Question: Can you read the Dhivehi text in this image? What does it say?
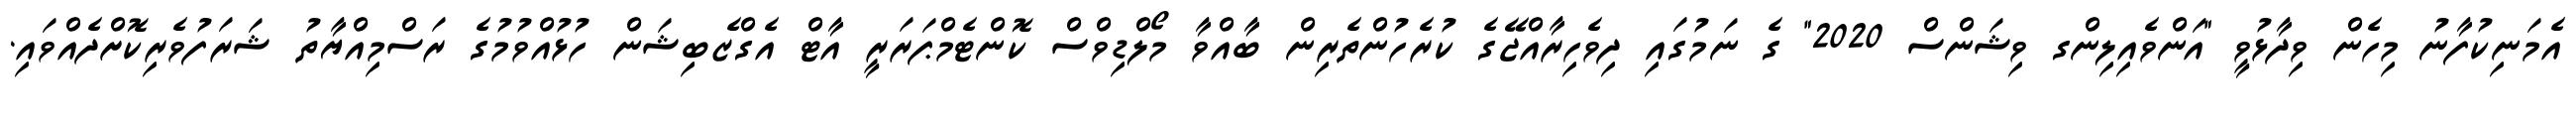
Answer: އެމަނިކުފާނު މިހެން ވިދާޅުވީ "އަންވެއިލިންގ ވިޝަންސް 2020" ގެ ނަމުގައި ދިވެހިރާއްޖޭގެ ކުރެހުންތެރިން ބާއްވާ މޯލްޑިވްސް ކޮންޓެމްޕަރަރީ އާޓް އެގްޒެބިޝަން ހުޅުއްވުމުގެ ރަސްމިއްޔާތު ޝަރަފުވެރިކޮށްދެއްވައި.